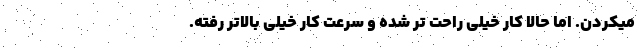
میکردن. اما حالا کار خیلی راحت تر شده و سرعت کار خیلی بالاتر رفته.